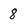
Character: 8